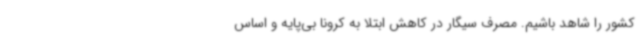
کشور را شاهد باشیم. مصرف سیگار در کاهش ابتلا به کرونا بی‌پایه و اساس